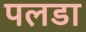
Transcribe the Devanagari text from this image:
पलडा